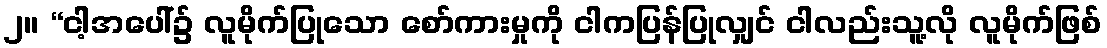
၂။ “ငါ့အပေါ်၌ လူမိုက်ပြုသော စော်ကားမှုကို ငါကပြန်ပြုလျှင် ငါလည်းသူ့လို လူမိုက်ဖြစ်